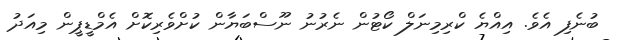
ބުނެފި އެވެ. އިއްޔެ ކްރިމިނަލް ކޯޓުން ނެރުނު ނޫސްބަޔާން ކުށްވެރިކޮށް އެމްޑީޕީން މިއަދު